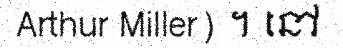
Arthur Miller) ។ នៅ